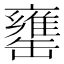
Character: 罋